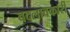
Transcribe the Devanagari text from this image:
बदलावकारी